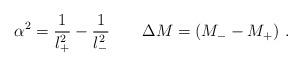
LaTeX: \begin{align*}\alpha^2=\frac{1}{l_+^2} - \frac{1}{l_-^2} \ \ \ \ \ \ \Delta M = (M_--M_+) \ .\end{align*}